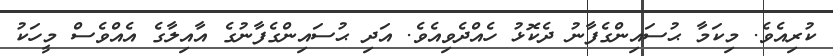
ކުރިއެވެ. މިކަމާ ޙުސައިންގެފާނު ދެކޮޅު ހެއްދެވިއެވެ. އަދި ޙުސައިންގެފާނުގެ އާއިލާގެ އެއްވެސް މީހަކު